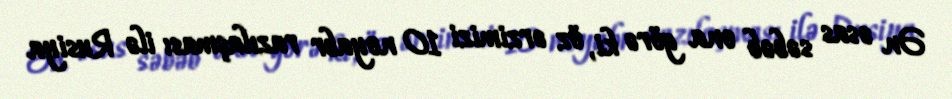
Ən əsas səbəb ona görə ki, öz ərzimizi 10 noyabr razılaşması ilə Rusiya